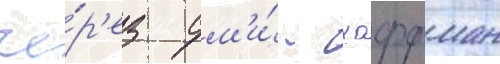
че́р'ез см'и́ - хоффман